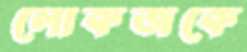
লোকজকে